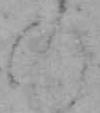
の